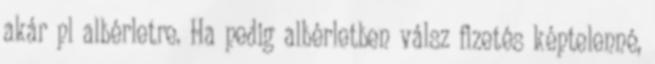
akár pl albérletre. Ha pedig albérletben válsz fizetés képtelenné,